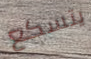
يتسكع